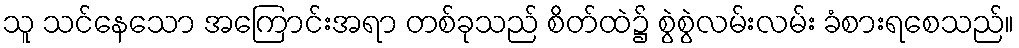
သူ သင်နေသော အကြောင်းအရာ တစ်ခုသည် စိတ်ထဲ၌ စွဲစွဲလမ်းလမ်း ခံစားရစေသည်။